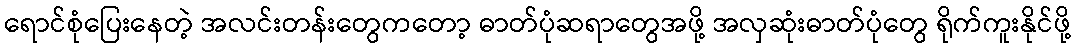
ရောင်စုံပြေးနေတဲ့ အလင်းတန်းတွေကတော့ ဓာတ်ပုံဆရာတွေအဖို့ အလှဆုံးဓာတ်ပုံတွေ ရိုက်ကူးနိုင်ဖို့